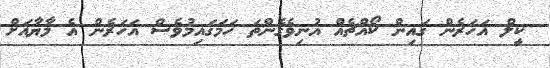
ކީލް އަހަރެން ގައިން ކޯއްޗެއް އުނިވެގެންތަ ހަމަގައިމުވެސް އަހަރެން އެ މާޔާއަށް